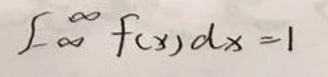
\[\int_{-\infty}^{\infty} f(x)dx = 1\]